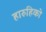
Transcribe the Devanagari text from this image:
हारुहिको